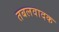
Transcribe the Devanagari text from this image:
तबलवादक